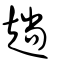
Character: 趟